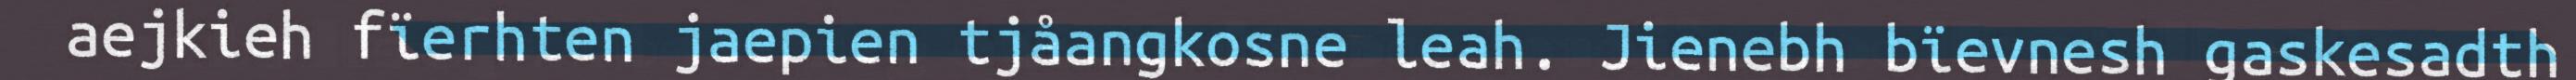
aejkieh fïerhten jaepien tjåangkosne leah. Jienebh bïevnesh gaskesadth